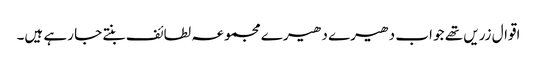
اقوال زریں تھے جو اب دھیرے دھیرے مجموعہ لطائف بنتے جا رہے ہیں۔